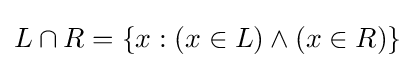
L\cap R=\{x:(x\in L)\land (x\in R)\}